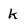
Character: k